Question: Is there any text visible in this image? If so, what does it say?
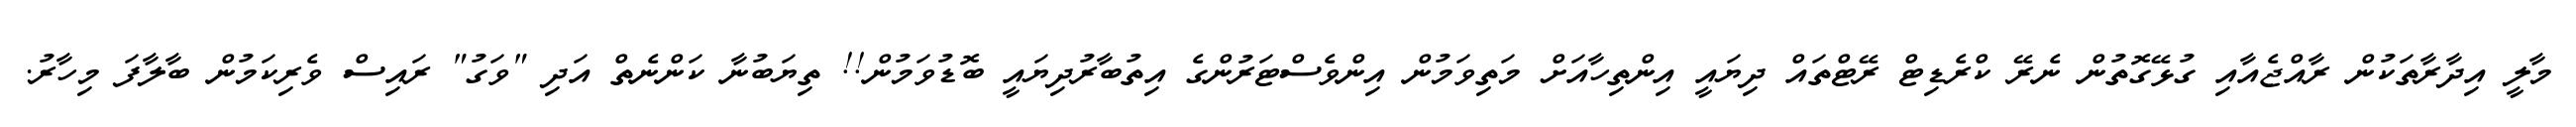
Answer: މާލީ އިދާރާތަކުން ރާއްޖެއާއި ގުޅޭގޮތުން ނެރޭ ކްރެޑިޓް ރޭޓްތައް ދިޔައީ އިންތިހާއަށް މަތިވަމުން އިންވެސްޓަރުންގެ އިތުބާރުދިޔައީ ބޮޑުވަމުން!! ތިޔަބުނާ ކަންނެތް އަދި "ވަގު" ރައިސް ވެރިކަމުން ބާލާފަ މިހާރު.